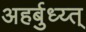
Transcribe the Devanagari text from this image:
अहर्बुध्य्त्